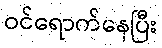
ဝင်ရောက်နေပြီး